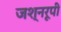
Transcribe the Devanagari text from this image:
जश्नरूपी